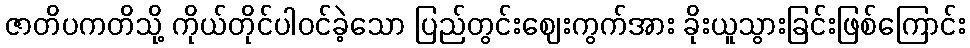
ဇာတိပကတိသို့ ကိုယ်တိုင်ပါဝင်ခဲ့သော ပြည်တွင်းဈေးကွက်အား ခိုးယူသွားခြင်းဖြစ်ကြောင်း